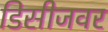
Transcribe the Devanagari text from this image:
डिसीजवर